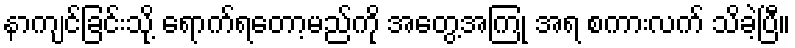
နာကျင်ခြင်းသို့ ရောက်ရတော့မည်ကို အတွေ့အကြုံ အရ စကားလက် သိခဲ့ပြီ။